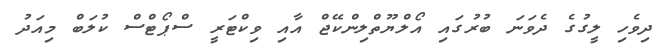
ދިވެހި ލީގުގެ ދެވަނަ ބުރުގައި އޯލްޔޫތްލިންކޭޖް އާއި ވިކްޓަރީ ސްޕޯޓްސް ކުލަބް މިއަދު